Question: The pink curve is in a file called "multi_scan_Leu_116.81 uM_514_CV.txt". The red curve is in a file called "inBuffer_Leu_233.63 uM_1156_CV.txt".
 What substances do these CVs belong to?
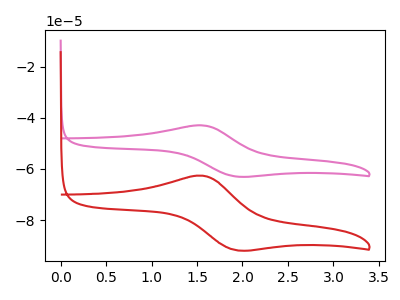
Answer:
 <answer>The pink curve is labeled "Leu 116.81 uM". The red curve is labeled "Leu 233.63 uM".</answer>
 <eval></eval>